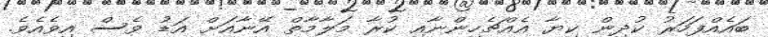
ބައެއްފަހަރު ކުދިން ކިޔާ އެއްޗެހިންނާއި ކުރާ މަލާމާތް އޭނާއަށް އަޑު ވެސް އިވެއެވެ.